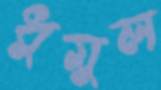
ধুমুল